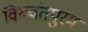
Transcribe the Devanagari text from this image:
विरुवंतपुरम